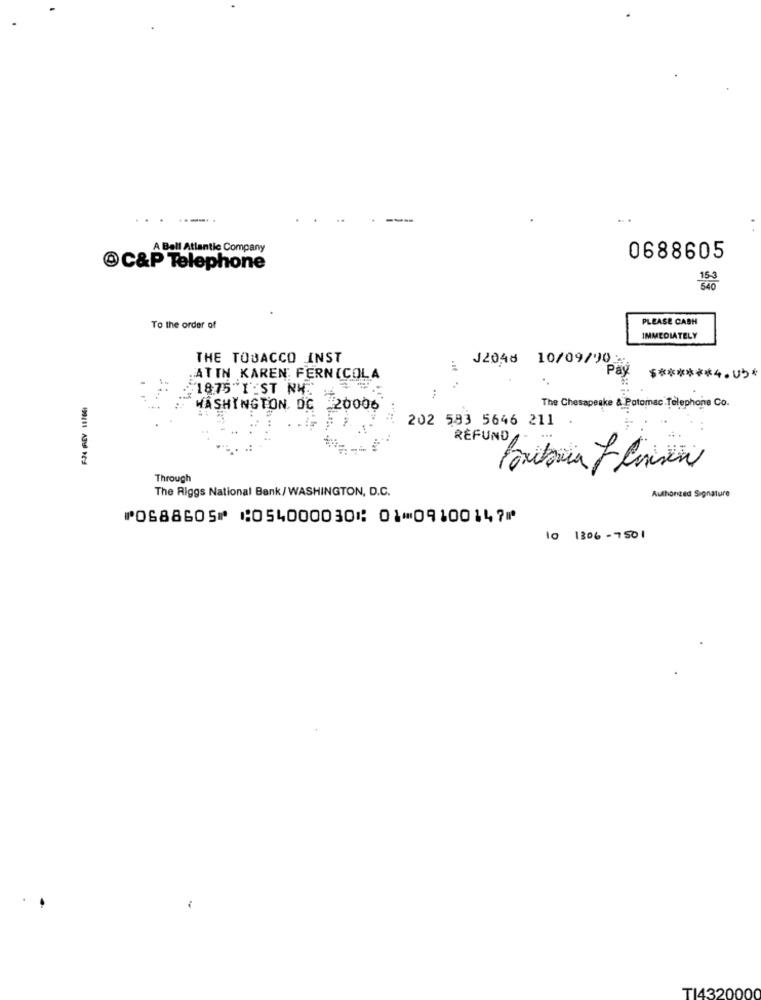
.......
A Bell Atlantic Company
0688605
OC&P Telephone
PLEASE CASH
To the order of
IMMEDIATELY
THE TOBACCO INST
J2048 10/09/90
Pay
ATIN KAREN FERNICOLA
$ ****** 4.05*
1875 I :ST NH.
WASHINGTON DC 20006
The Chesapeake & Potomac Telephone Co.
202 583 5646 211 .
REFUND
Through
The Riggs National Bank/WASHINGTON, D.C.
Authorized Signature
⑈0688605⑈ ⑆054000030⑆ 01⑉09100147⑈
lo 1306 -7501
TI4320000